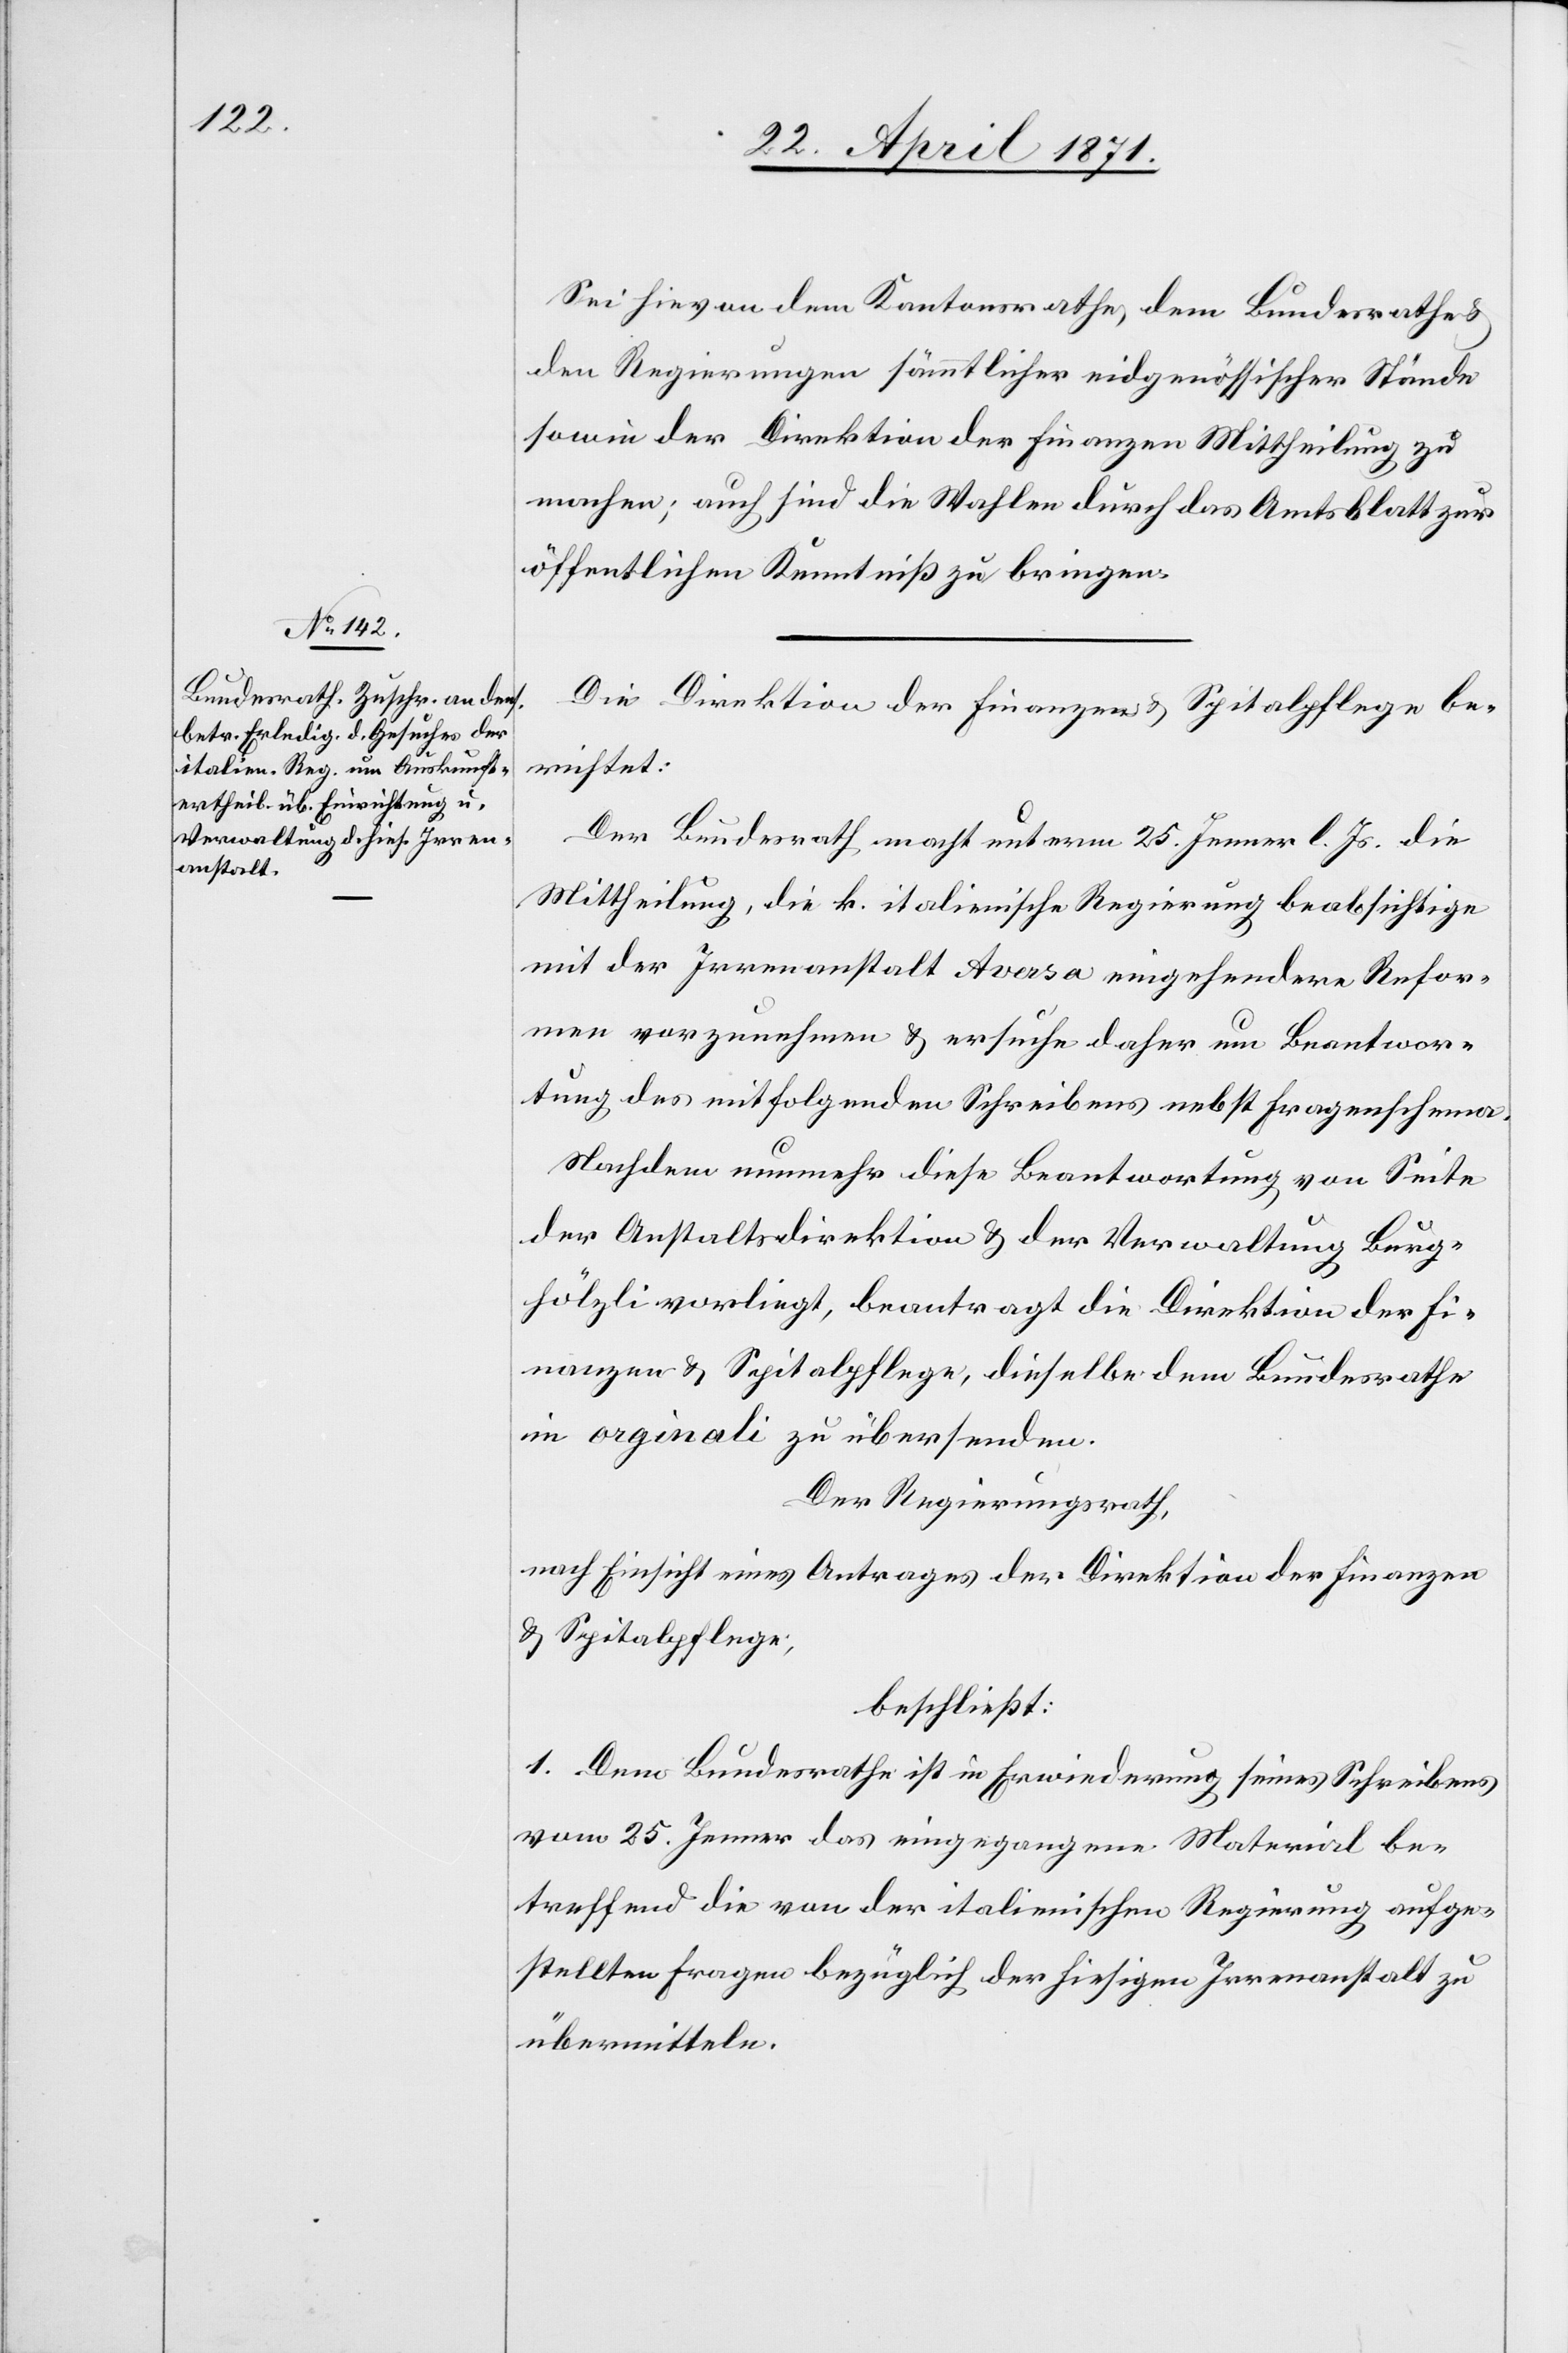
Sei hievon dem Kantonsrathe, dem Bundesrathe u.
den Regierungen sämmtlicher eidgenössischer Stände
sowie der Direktion der Finanzen Mittheilung zu
machen; auch sind die Wahlen durch das Amtsblatt zur
öffentlichen Kenntniß zu bringen.
Die Direktion der Finanzen u. Spitalpflege be¬
richtet:
Der Bundesrath macht unterm 25. Jenner l. Js. die
Mittheilung, die k. italienische Regierung beabsichtige
mit der Irrenanstalt Aversa eingehendere Refor¬
men vorzunehmen u. ersuche daher um Beantwor¬
tung des mitfolgenden Schreibens nebst Fragenschema.
Nachdem nunmehr diese Beantwortung von Seite
der Anstaltsdirektion u. der Verwaltung Burg¬
hölzli vorliegt, beantragt die Direktion der Fi¬
nanzen u. Spitalpflege, dieselbe dem Bundesrathe
in orginali zu übersenden.
Der Regierungsrath,
nach Einsicht eines Antrages der Direktion der Finanzen
u. Spitalpflege;
beschließt:
1. Dem Bundesrathe ist in Erwiederung seines Schreibens
vom 25. Jenner das eingegangene Material be¬
treffend die von der italienischen Regierung aufge¬
stellten Fragen bezüglich der hiesigen Irrenanstalt zu
übermitteln.